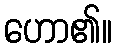
ဟော၏။